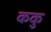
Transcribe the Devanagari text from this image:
ककु